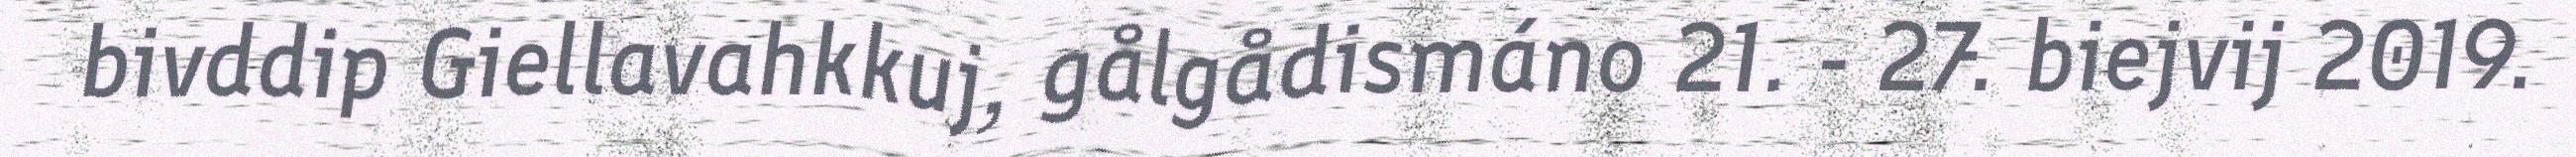
bivddip Giellavahkkuj, gålgådismáno 21. - 27. biejvij 2019.